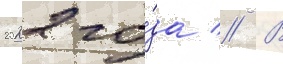
2022 го́да // В